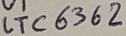
Text: LTC6362